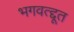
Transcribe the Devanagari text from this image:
भगवत्द्दूत